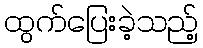
ထွက်ပြေးခဲ့သည့်